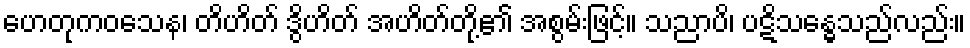
ဟေတုကဝသေန၊ တိဟိတ် ဒွိဟိတ် အဟိတ်တို့၏ အစွမ်းဖြင့်။ သညာပိ၊ ပဋိသန္ဓေသည်လည်း။